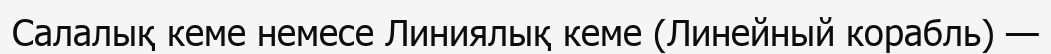
Салалық кеме немесе Линиялық кеме (Линейный корабль) —